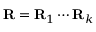
\mathbf { R } = \mathbf { R } _ { 1 } \cdots \mathbf { R } _ { k }